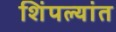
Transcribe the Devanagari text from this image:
शिंपल्यांत